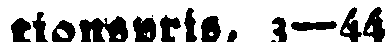
sionspris, 3—44.